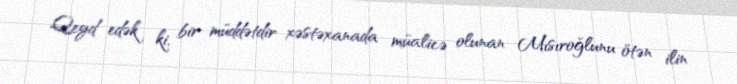
Qeyd edək ki, bir müddətdir xəstəxanada müalicə olunan Mısıroğlunu ötən ilin